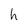
Character: h